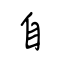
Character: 自